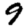
Digit: 9